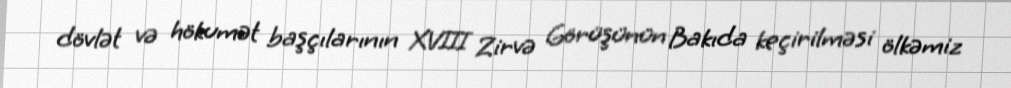
dövlət və hökumət başçılarının XVIII Zirvə Görüşünün Bakıda keçirilməsi ölkəmiz